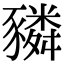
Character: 𧲂